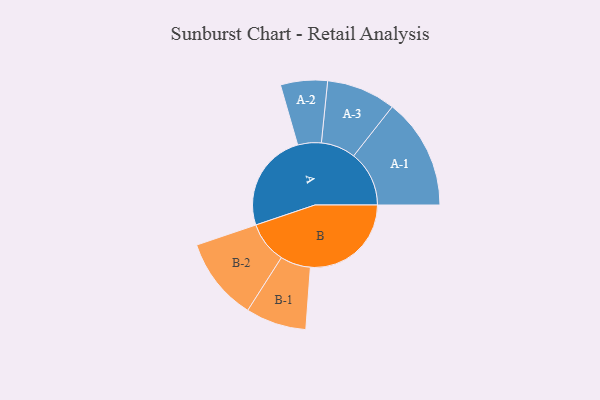
{"axis": {"x": "Segment", "y": "Value"}, "legend": ["", "A", "B"], "data": [{"x": "A", "y": 461, "type": ""}, {"x": "B", "y": 469, "type": ""}, {"x": "A-1", "y": 258, "type": "A"}, {"x": "A-2", "y": 109, "type": "A"}, {"x": "A-3", "y": 161, "type": "A"}, {"x": "B-1", "y": 141, "type": "B"}, {"x": "B-2", "y": 193, "type": "B"}]}